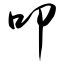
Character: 叩